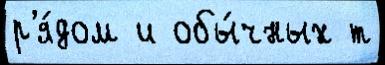
р'я́дом и обы́чных т